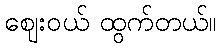
ဈေးဝယ် ထွက်တယ်။